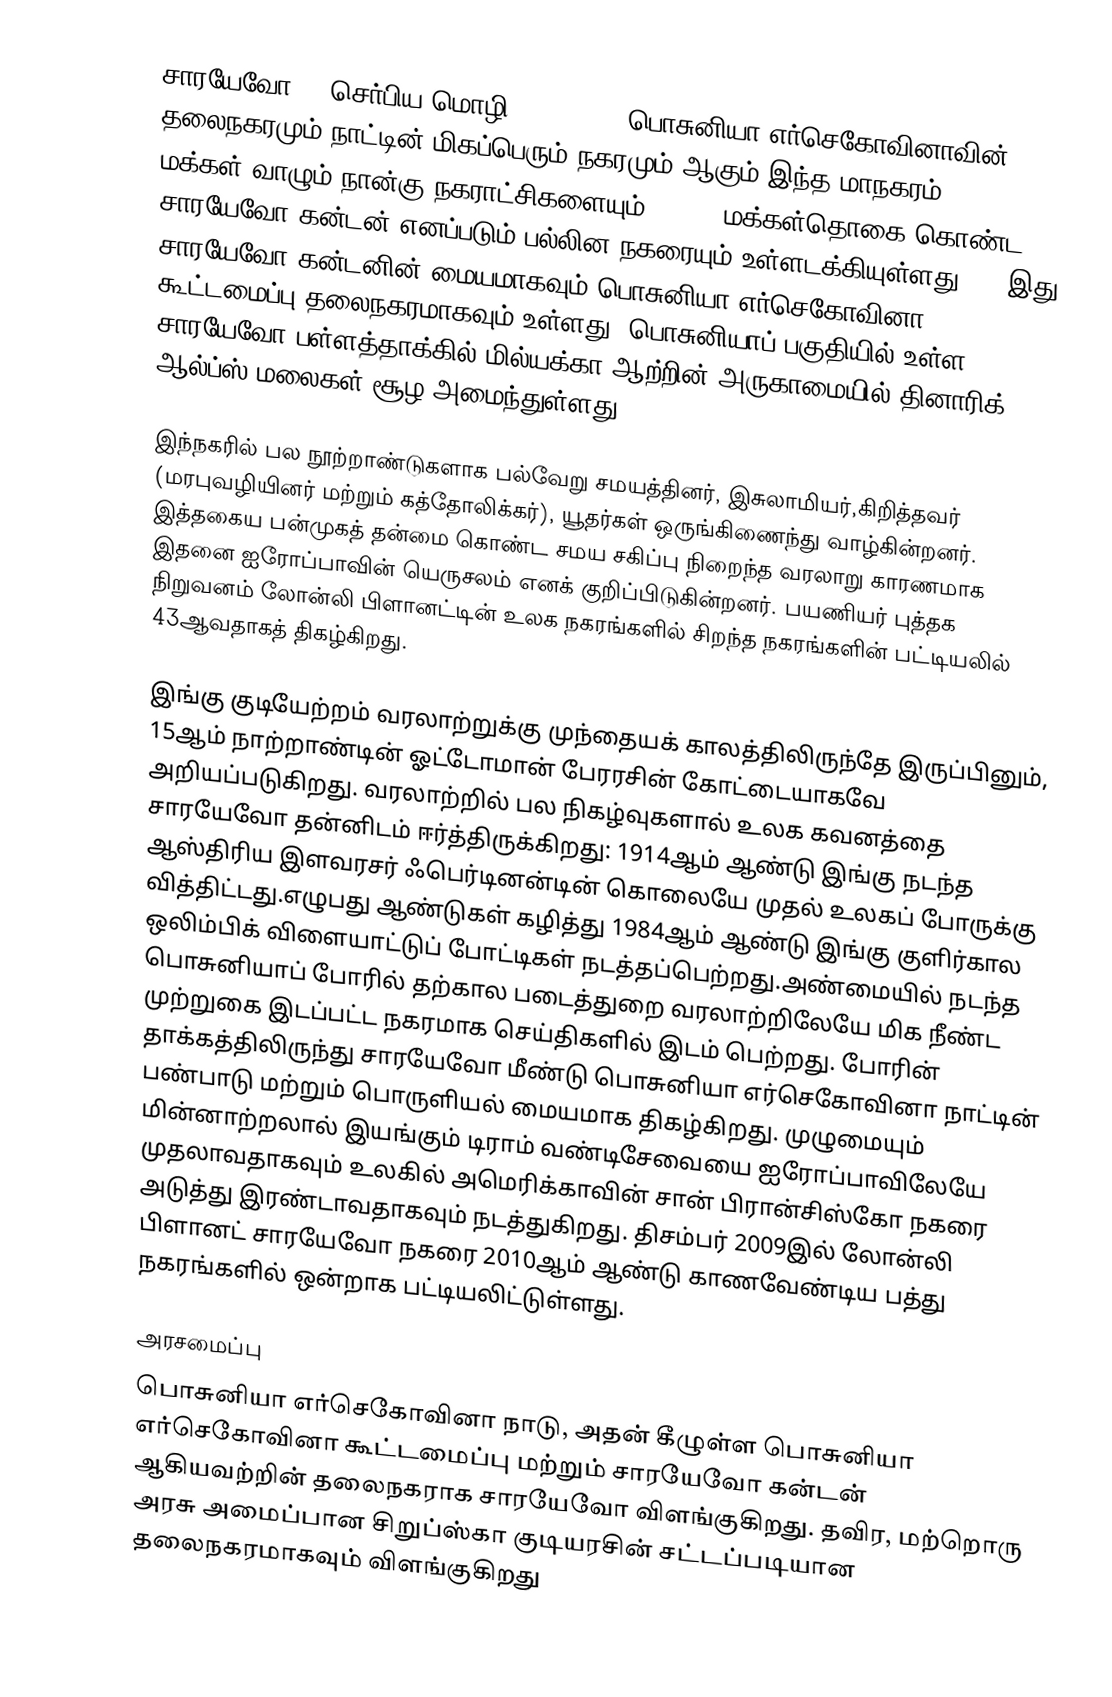
சாரயேவோ (, செர்பிய மொழி:  Сарајево) பொசுனியா எர்செகோவினாவின் தலைநகரமும் நாட்டின் மிகப்பெரும் நகரமும் ஆகும்.இந்த மாநகரம் 305,242 மக்கள் வாழும் நான்கு நகராட்சிகளையும் 423,645மக்கள்தொகை கொண்ட  சாரயேவோ கன்டன் எனப்படும் பல்லின நகரையும் உள்ளடக்கியுள்ளது.(). இது சாரயேவோ கன்டனின் மையமாகவும் பொசுனியா எர்செகோவினா கூட்டமைப்பு தலைநகரமாகவும் உள்ளது. பொசுனியாப் பகுதியில் உள்ள சாரயேவோ பள்ளத்தாக்கில் மில்யக்கா ஆற்றின் அருகாமையில் தினாரிக் ஆல்ப்ஸ் மலைகள் சூழ அமைந்துள்ளது.

இந்நகரில் பல நூற்றாண்டுகளாக பல்வேறு சமயத்தினர், இசுலாமியர்,கிறித்தவர் (மரபுவழியினர் மற்றும் கத்தோலிக்கர்), யூதர்கள் ஒருங்கிணைந்து வாழ்கின்றனர். இத்தகைய பன்முகத் தன்மை கொண்ட சமய சகிப்பு நிறைந்த வரலாறு காரணமாக இதனை ஐரோப்பாவின் யெருசலம் எனக் குறிப்பிடுகின்றனர். பயணியர் புத்தக நிறுவனம் லோன்லி பிளானட்டின் உலக நகரங்களில் சிறந்த நகரங்களின் பட்டியலில் 43ஆவதாகத் திகழ்கிறது.

இங்கு குடியேற்றம் வரலாற்றுக்கு முந்தையக் காலத்திலிருந்தே இருப்பினும், 15ஆம் நாற்றாண்டின் ஓட்டோமான் பேரரசின் கோட்டையாகவே அறியப்படுகிறது.  வரலாற்றில் பல நிகழ்வுகளால் உலக கவனத்தை சாரயேவோ தன்னிடம் ஈர்த்திருக்கிறது: 1914ஆம் ஆண்டு இங்கு நடந்த ஆஸ்திரிய இளவரசர் ஃபெர்டினன்டின் கொலையே முதல் உலகப் போருக்கு வித்திட்டது.எழுபது ஆண்டுகள் கழித்து 1984ஆம் ஆண்டு இங்கு குளிர்கால ஒலிம்பிக் விளையாட்டுப் போட்டிகள் நடத்தப்பெற்றது.அண்மையில் நடந்த பொசுனியாப் போரில் தற்கால படைத்துறை வரலாற்றிலேயே மிக நீண்ட முற்றுகை இடப்பட்ட நகரமாக செய்திகளில் இடம் பெற்றது.     போரின் தாக்கத்திலிருந்து சாரயேவோ மீண்டு பொசுனியா எர்செகோவினா நாட்டின் பண்பாடு மற்றும் பொருளியல் மையமாக திகழ்கிறது. முழுமையும் மின்னாற்றலால் இயங்கும் டிராம் வண்டிசேவையை ஐரோப்பாவிலேயே முதலாவதாகவும் உலகில் அமெரிக்காவின் சான் பிரான்சிஸ்கோ நகரை அடுத்து இரண்டாவதாகவும் நடத்துகிறது.  திசம்பர் 2009இல் லோன்லி பிளானட் சாரயேவோ நகரை 2010ஆம் ஆண்டு காணவேண்டிய பத்து நகரங்களில் ஒன்றாக பட்டியலிட்டுள்ளது.

அரசமைப்பு
பொசுனியா எர்செகோவினா நாடு, அதன் கீழுள்ள பொசுனியா எர்செகோவினா கூட்டமைப்பு மற்றும் சாரயேவோ கன்டன் ஆகியவற்றின் தலைநகராக சாரயேவோ விளங்குகிறது. தவிர, மற்றொரு அரசு அமைப்பான சிறுப்ஸ்கா குடியரசின் சட்டப்படியான தலைநகரமாகவும் விளங்குகிறது